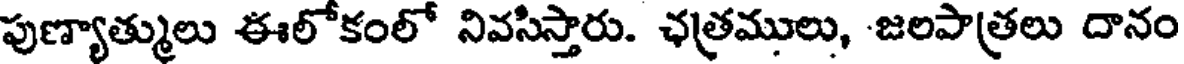
పుణ్యాత్ములు ఈలోకంలో నివసిస్తారు. ఛత్రములు, -జలపాత్రలు దానం